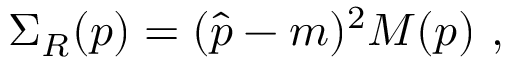
\Sigma _ { R } ( p ) = ( \hat { p } - m ) ^ { 2 } { \cal M } ( p ) \ ,